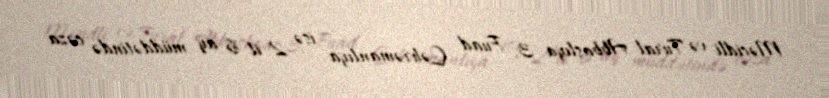
Məcidli və Tural Abbaslıya 3, Fuad Qəhrəmanlıya isə 2 il 6 ay müddətində cəza